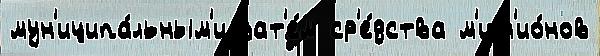
мун'иципа́льным'и зат'е́м ср'е́дства м'илл'ио́нов